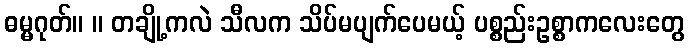
ဓမ္မဂုတ်။ ။ တချို့ကလဲ သီလက သိပ်မပျက်ပေမယ့် ပစ္စည်းဥစ္စာကလေးတွေ